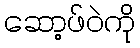
ဆော့ဖ်ဝဲကို